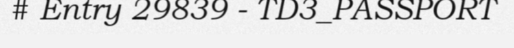
# Entry 29839 - TD3_PASSPORT